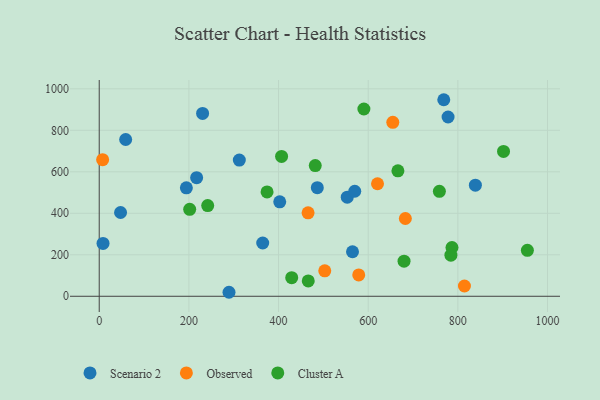
{"axis": {"x": "Distance", "y": "Demand"}, "legend": ["Cluster A", "Observed", "Scenario 2"], "data": [{"x": "230.6", "y": 881.3, "type": "Scenario 2"}, {"x": "194.4", "y": 522.7, "type": "Scenario 2"}, {"x": "778.2", "y": 864.2, "type": "Scenario 2"}, {"x": "8.5", "y": 254.9, "type": "Scenario 2"}, {"x": "59.0", "y": 755.6, "type": "Scenario 2"}, {"x": "217.3", "y": 571.5, "type": "Scenario 2"}, {"x": "839.1", "y": 535.6, "type": "Scenario 2"}, {"x": "312.5", "y": 656.3, "type": "Scenario 2"}, {"x": "486.5", "y": 523.7, "type": "Scenario 2"}, {"x": "553.3", "y": 477.8, "type": "Scenario 2"}, {"x": "768.6", "y": 947.4, "type": "Scenario 2"}, {"x": "402.7", "y": 455.1, "type": "Scenario 2"}, {"x": "570.0", "y": 506.2, "type": "Scenario 2"}, {"x": "289.5", "y": 19.3, "type": "Scenario 2"}, {"x": "364.7", "y": 256.8, "type": "Scenario 2"}, {"x": "47.6", "y": 403.7, "type": "Scenario 2"}, {"x": "565.0", "y": 214.6, "type": "Scenario 2"}, {"x": "7.6", "y": 658.5, "type": "Observed"}, {"x": "465.9", "y": 402.3, "type": "Observed"}, {"x": "503.1", "y": 122.6, "type": "Observed"}, {"x": "578.9", "y": 102.7, "type": "Observed"}, {"x": "814.7", "y": 49.6, "type": "Observed"}, {"x": "654.9", "y": 838.7, "type": "Observed"}, {"x": "682.9", "y": 374.9, "type": "Observed"}, {"x": "620.8", "y": 542.3, "type": "Observed"}, {"x": "242.0", "y": 437.4, "type": "Cluster A"}, {"x": "406.8", "y": 673.9, "type": "Cluster A"}, {"x": "666.3", "y": 604.9, "type": "Cluster A"}, {"x": "955.1", "y": 221.3, "type": "Cluster A"}, {"x": "758.8", "y": 505.8, "type": "Cluster A"}, {"x": "786.9", "y": 235.0, "type": "Cluster A"}, {"x": "429.4", "y": 89.7, "type": "Cluster A"}, {"x": "466.3", "y": 74.2, "type": "Cluster A"}, {"x": "374.4", "y": 503.1, "type": "Cluster A"}, {"x": "201.8", "y": 419.2, "type": "Cluster A"}, {"x": "481.9", "y": 630.0, "type": "Cluster A"}, {"x": "784.5", "y": 198.2, "type": "Cluster A"}, {"x": "590.4", "y": 902.8, "type": "Cluster A"}, {"x": "680.0", "y": 169.4, "type": "Cluster A"}, {"x": "901.9", "y": 698.2, "type": "Cluster A"}]}